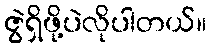
ဇွဲရှိဖို့ပဲလိုပါတယ်။